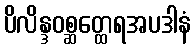
ပိလိန္ဒဝစ္ဆတ္ထေရအပဒါနံ